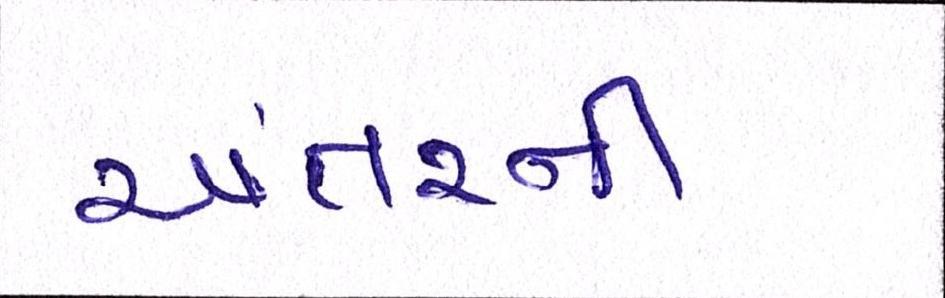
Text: અંતરની